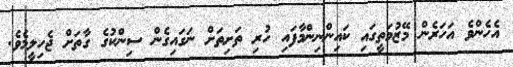
އެހެންވެ އަހަރެން މޭޒުމަތީގައި ކައިންނިންމާފައި ހުރި ތަށިތަށް ނަގައިގެން ސިންކުގެ ގާތަށް ޖެހިލީމެވެ.